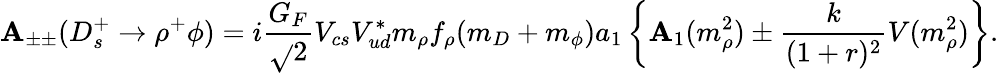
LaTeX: \mathbf{A}_{\pm\pm}(D_{s}^{+}\rightarrow\rho^{+}\phi)=i{\frac{{{G}_{F}}}{{\sqrt{}{{2}}}}}V_{cs}V_{ud}^{*}m_{\rho}f_{\rho}(m_{D}+m_{\phi})a_{1}\left\{ \mathbf{A}_{1}(m_{\rho}^{2})\pm{\frac{{k}}{{(1+r)^{2}}}}V(m_{\rho}^{2})\right\} .